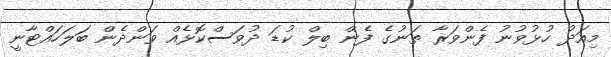
މިއަދު ހުޅުވުނު ފެންވަރާ ތަނުގެ ފެން ބިލް ކުޑަ ދުވަސްކޮޅެއް ވަންދެން ބަލަހައްޓާނީ